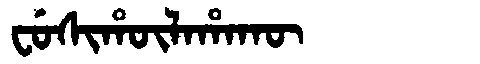
Manchu: ᠸᡠᠰᡳᡥᡡᠯᠠᡥᠠᡴᡡ
Romanization: FUSIHŪLAHAKŪ